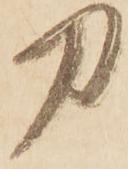
力